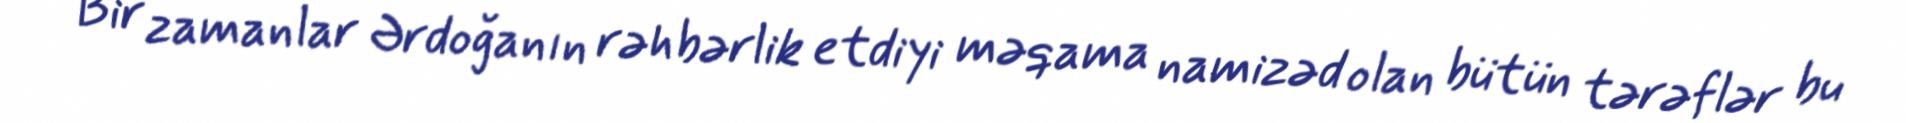
Bir zamanlar Ərdoğanın rəhbərlik etdiyi məqama namizəd olan bütün tərəflər bu